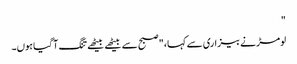
"
لومڑ نے بیزاری سے کہا، "صبح سے بیٹھے بیٹھے تنگ آ گیا ہوں۔